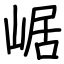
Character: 崌